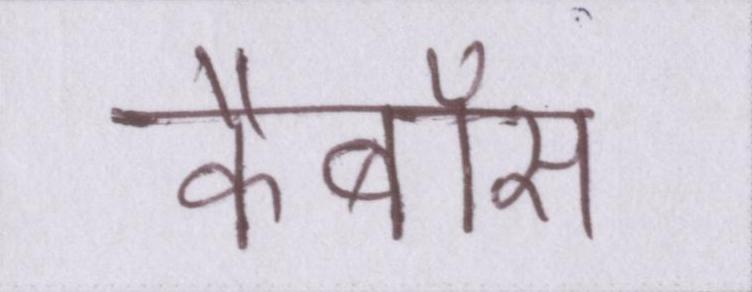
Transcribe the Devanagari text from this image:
कैबॉस